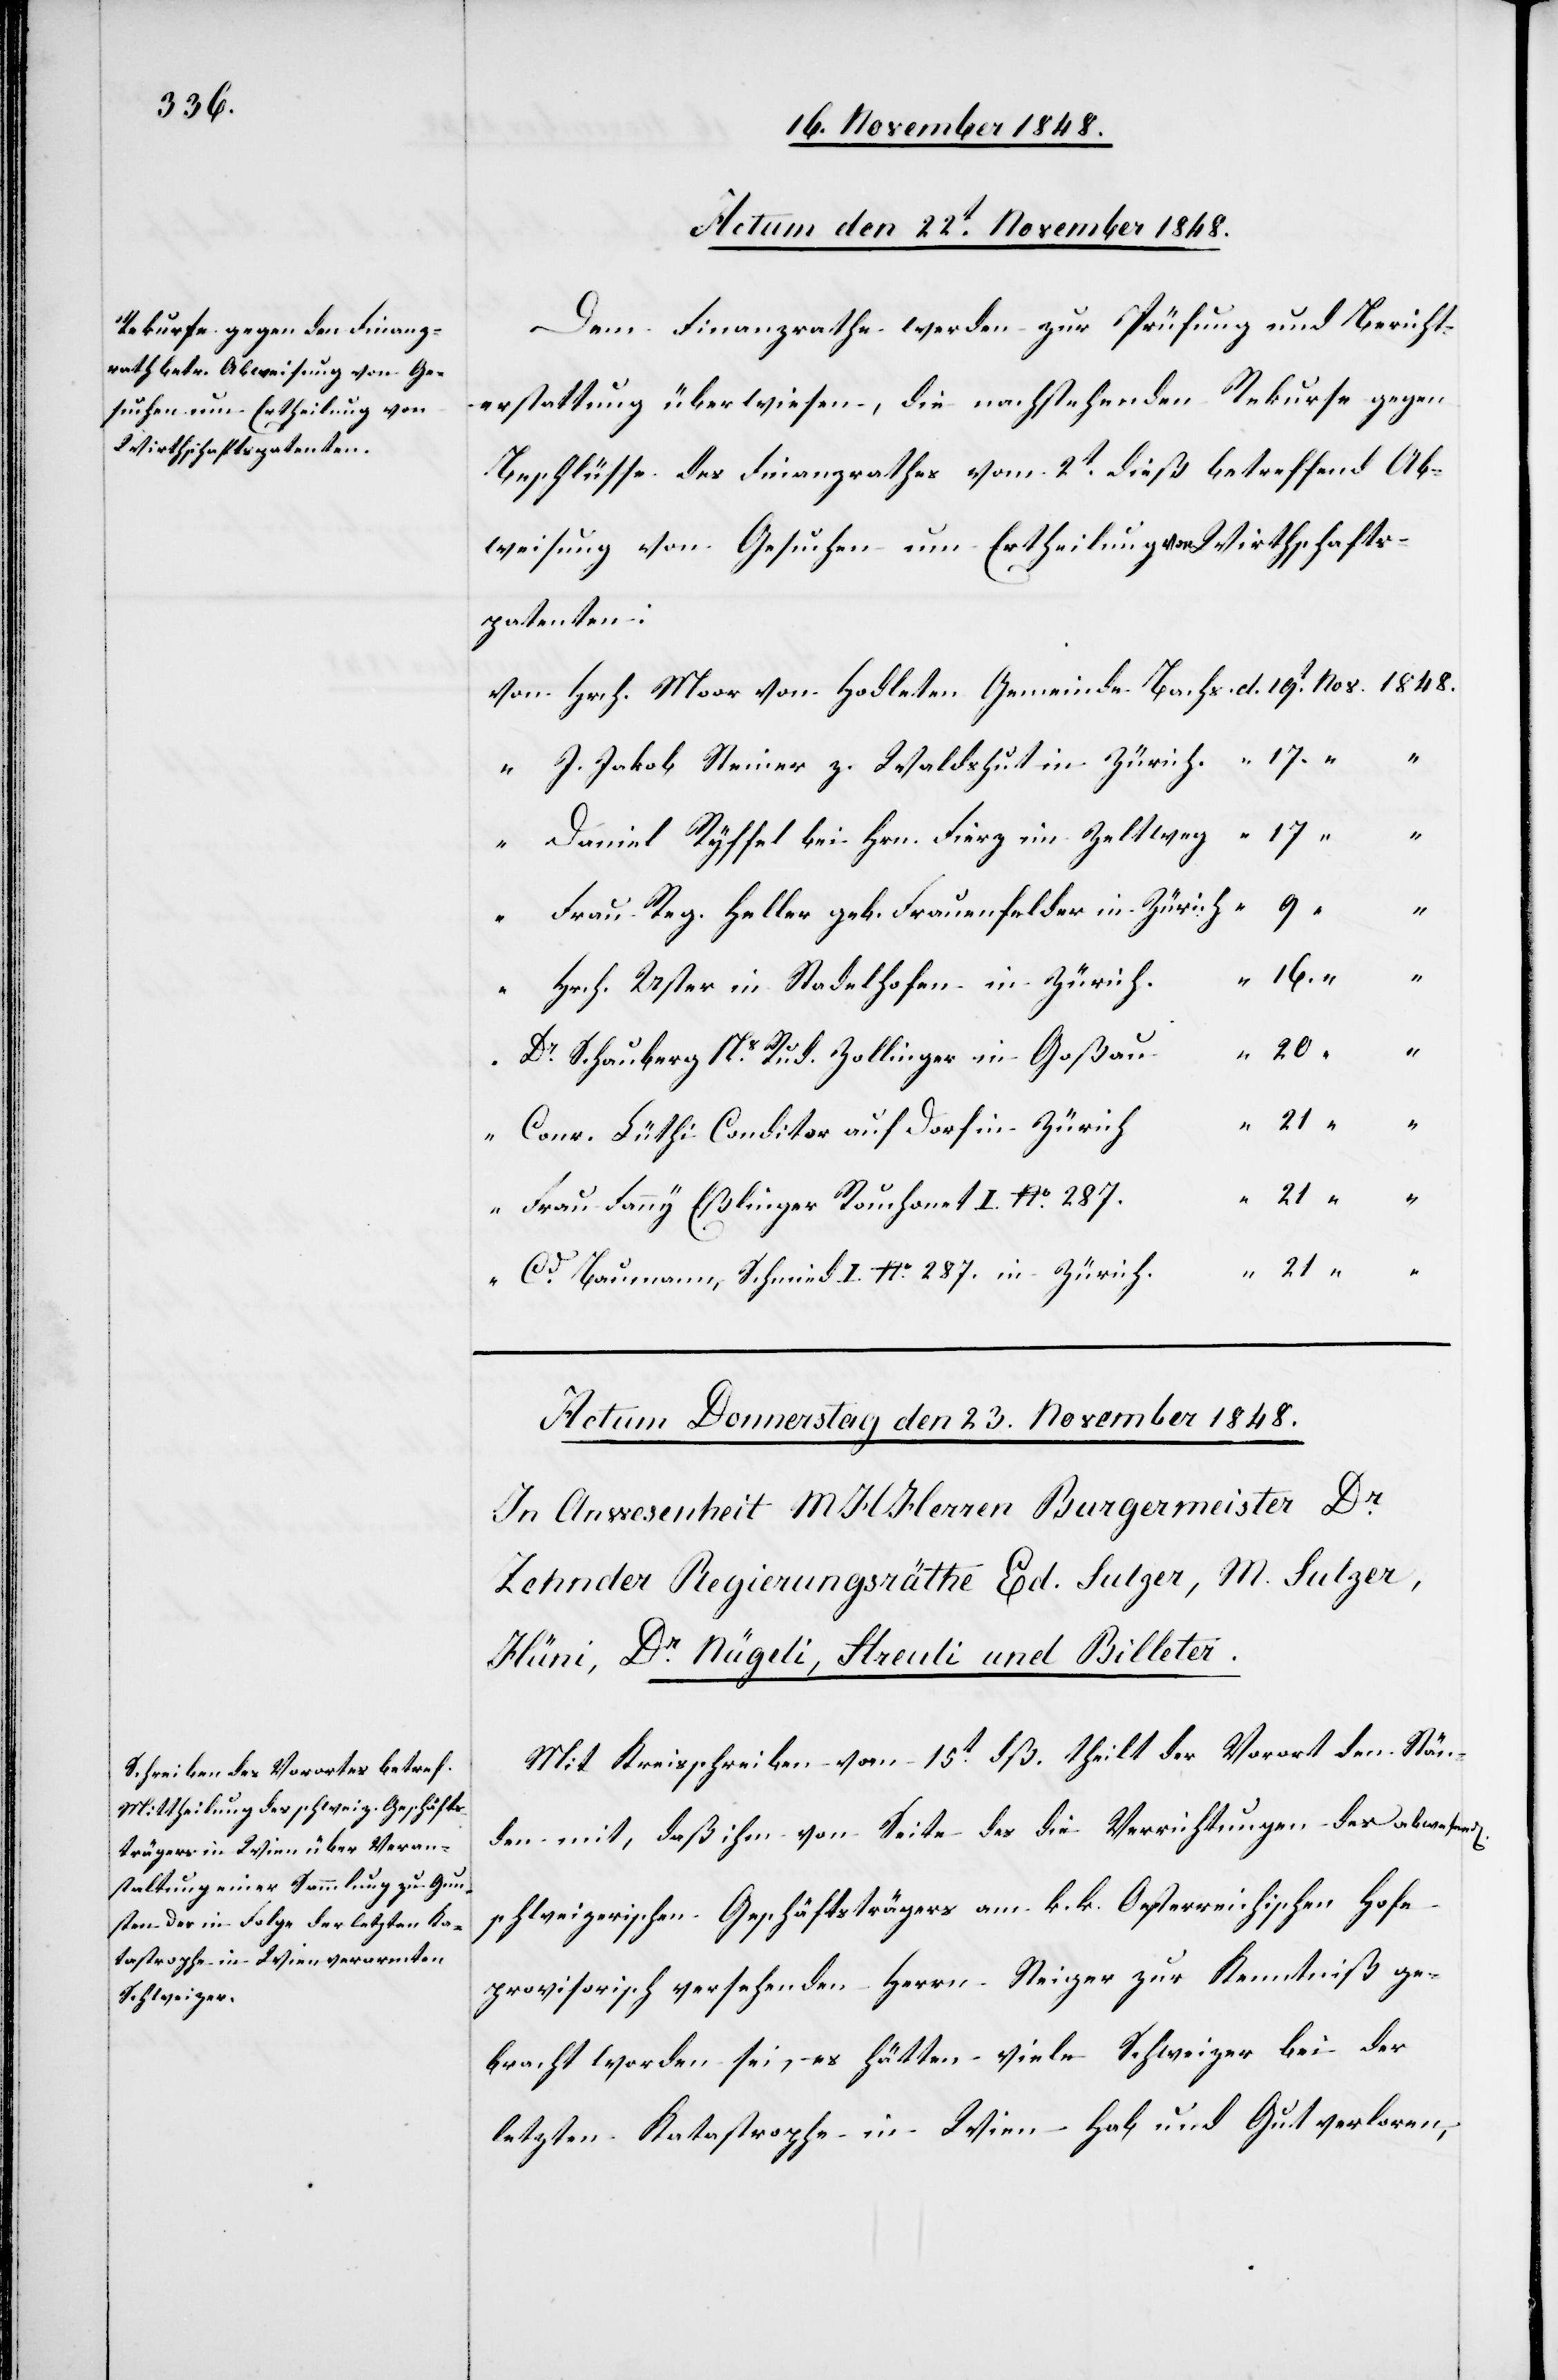
21.

Actum den 22t November 1848.
Dem Finanzrathe werden zur Prüfung und Bericht¬
erstattung überwiesen, die nachstehenden Rekurse gegen
Beschlüsse des Finanzrathes vom 2t dieß betreffend Ab¬
weisung von Gesuchen um Ertheilung von Wirthschafts¬
patenten:
J. Jakob Steiner z. Waldshut in Zürich
20.
Daniel Ryffel bei Hrn. Fierz im Zeltweg
Frau Reg. Heller geb. Frauenfelder in Zürich
n[den]
Hrch. Uster in Stadelhofen in Zürich
Dr Schauberg Ns Rud. Zollinger in Goßau
Conr. Lüthi Conditor auf Dorf in Zürich
Frau Fanny Eßlinger Rouhonet I. No 287.
Cd Baumann, Schmied I. No 287. in Zürich.
Mit Kreisschreiben vom 15t dß. theilt der Vorort den Stän¬
den mit, daß ihm von Seite des die Verrichtungen des abwese¬
schweizerischen Geschäftsträgers am k. k. Oesterreichischen Hofe
provisorisch versehenden Herrn Steiger zur Kenntniß ge¬
bracht worden sei, es hätten viele Schweizer bei der
letzten Katastrophe in Wien Hab und Gut verloren,